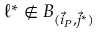
\ell ^ { * } \notin B _ { ( \vec { i } _ { P } , \vec { j } ^ { * } ) }